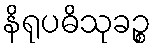
နိရုပဓိသုခဉ္စ